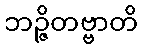
ဘဉ္ဇိတဗ္ဗာတိ